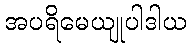
အပရိမေယျုပါဒါယ